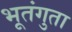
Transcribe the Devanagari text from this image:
भूतंगुता